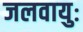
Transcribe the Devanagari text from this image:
जलवायुः